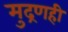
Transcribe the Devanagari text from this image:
मुद्रणही